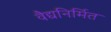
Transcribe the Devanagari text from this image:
वैद्यनिर्मित